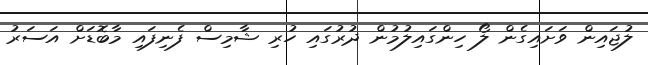
ލުޖައިން ވަށައިގެން ލޯ ހިންގައިލުމުން ދުރުގައި ހުރި ޝާމިސް ފެނިފައި މާބޮޑަށް އަސަރު